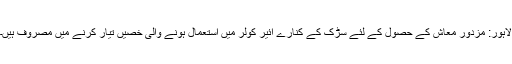
لاہور: مزدور معاش کے حصول کے لئے سڑک کے کنارے ائیر کولر میں استعمال ہونے والی خصیں تیار کرنے میں مصروف ہیں۔